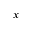
_ x